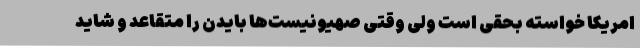
امریکا خواسته بحقی است ولی وقتی صهیونیست‌ها بایدن را متقاعد و شاید